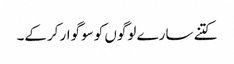
کتنے سارے لوگوں کو سوگوار کرکے۔